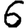
Digit: 6